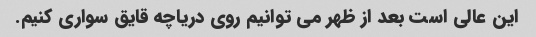
این عالی است بعد از ظهر می توانیم روی دریاچه قایق سواری کنیم.